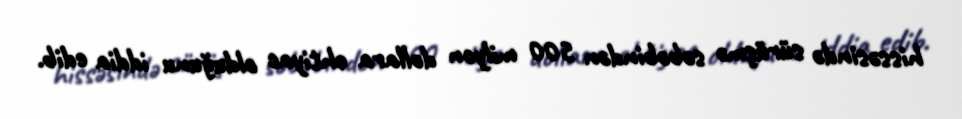
hissəsində sürüşmə səbəbindən 500 milyon dollara ehtiyac olduğunu iddia edib.